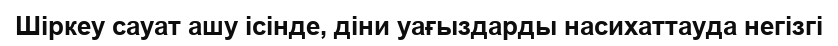
Шіркеу сауат ашу ісінде, діни уағыздарды насихаттауда негізгі